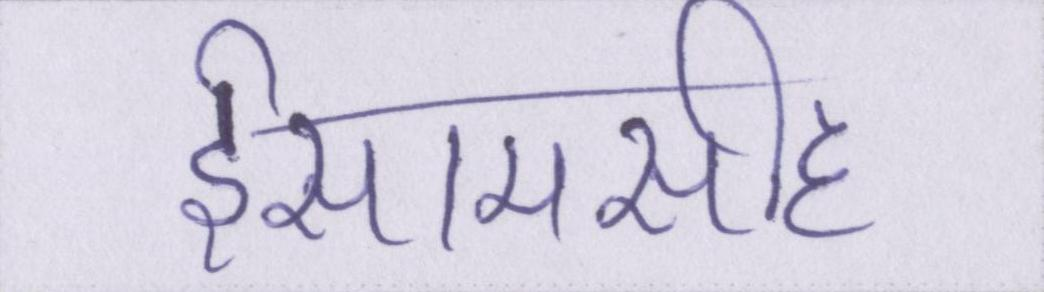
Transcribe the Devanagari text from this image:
ईसामसीह